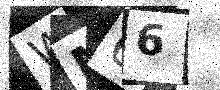
Text: WM66